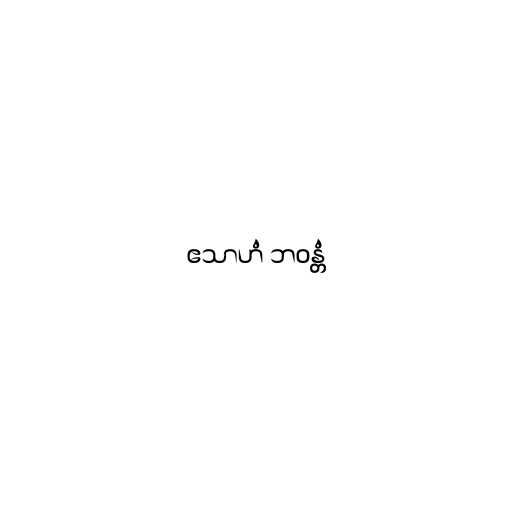
ဧသာဟံ ဘဝန္တံ